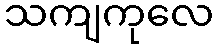
သကျကုလေ